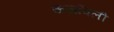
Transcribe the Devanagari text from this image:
ऊर्जावली